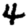
Digit: 4